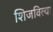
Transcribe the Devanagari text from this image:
शिजविल्या